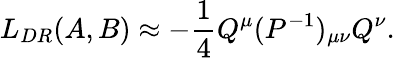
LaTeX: L_{DR}(A,B)\approx-{\frac{1}{4}}Q^{\mu}(P^{-1})_{\mu\nu}Q^{\nu}.